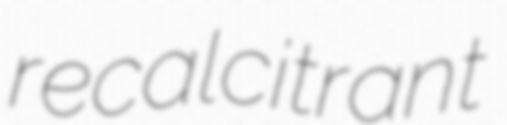
recalcitrant